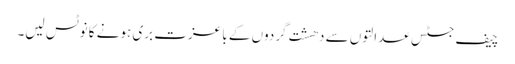
چیف جسٹس عدالتوں سے دھشت گردوں کے با عزت بری ہونے کا نوٹس لیں۔